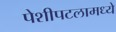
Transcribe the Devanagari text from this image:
पेशीपटलामध्ये